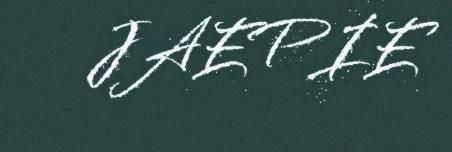
JAEPIE